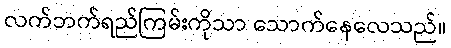
လက်ဘက်ရည်ကြမ်းကိုသာ သောက်နေလေသည်။